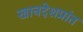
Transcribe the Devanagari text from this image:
खानदेशप्रांत